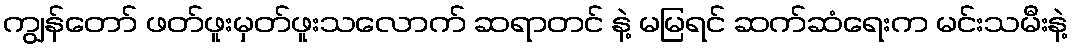
ကျွန်တော် ဖတ်ဖူးမှတ်ဖူးသလောက် ဆရာတင် နဲ့ မမြရင် ဆက်ဆံရေးက မင်းသမီးနဲ့